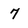
Character: 7